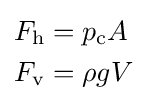
{\begin{aligned}F_{\mathrm {h} }&=p_{\mathrm {c} }A\\F_{\mathrm {v} }&=\rho gV\end{aligned}}